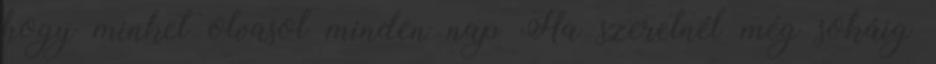
hogy minket olvasol minden nap Ha szeretnél még sokáig